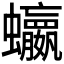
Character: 𮕗